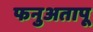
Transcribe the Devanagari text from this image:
फनुअतापू